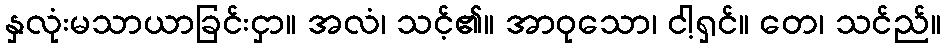
နှလုံးမသာယာခြင်းငှာ။ အလံ၊ သင့်၏။ အာဝုသော၊ ငါ့ရှင်။ တေ၊ သင်ည်။